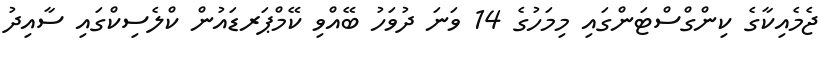
ޖެމެއިކާގެ ކިންގްސްޓަންގައި މިމަހުގެ 14 ވަނަ ދުވަހު ބޭއްވި ކޭމްޕަރޑައުން ކްލެސިކްގައި ސާއިދު